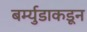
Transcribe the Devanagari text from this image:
बर्म्युडाकडून